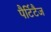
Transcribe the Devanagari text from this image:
पैर्टिटैज